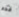
قدم